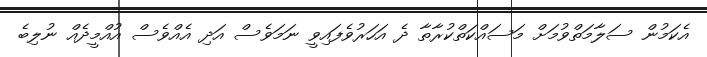
އެކަމުން ސަލާމަތްވުމަށް މަސައްކަތްކުރާތާ ދެ އަހަރުވެފައިވީ ނަމަވެސް އަދި އެއްވެސް އުއްމީދެއް ނުލިބެ